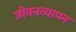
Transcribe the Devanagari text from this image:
जीवनव्यापन